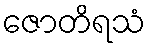
ဇောတိရသံ